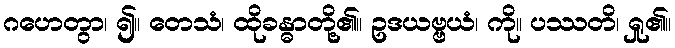
ဂဟေတွာ၊ ၍။ တေသံ၊ ထိုခန္ဓာတို့၏။ ဥဒယဗ္ဗယံ၊ ကို။ ပဿတိ၊ ရှု၏။